38_143685_box7_Incident_Summaries_1-100
Agency: Department of War
Page 156
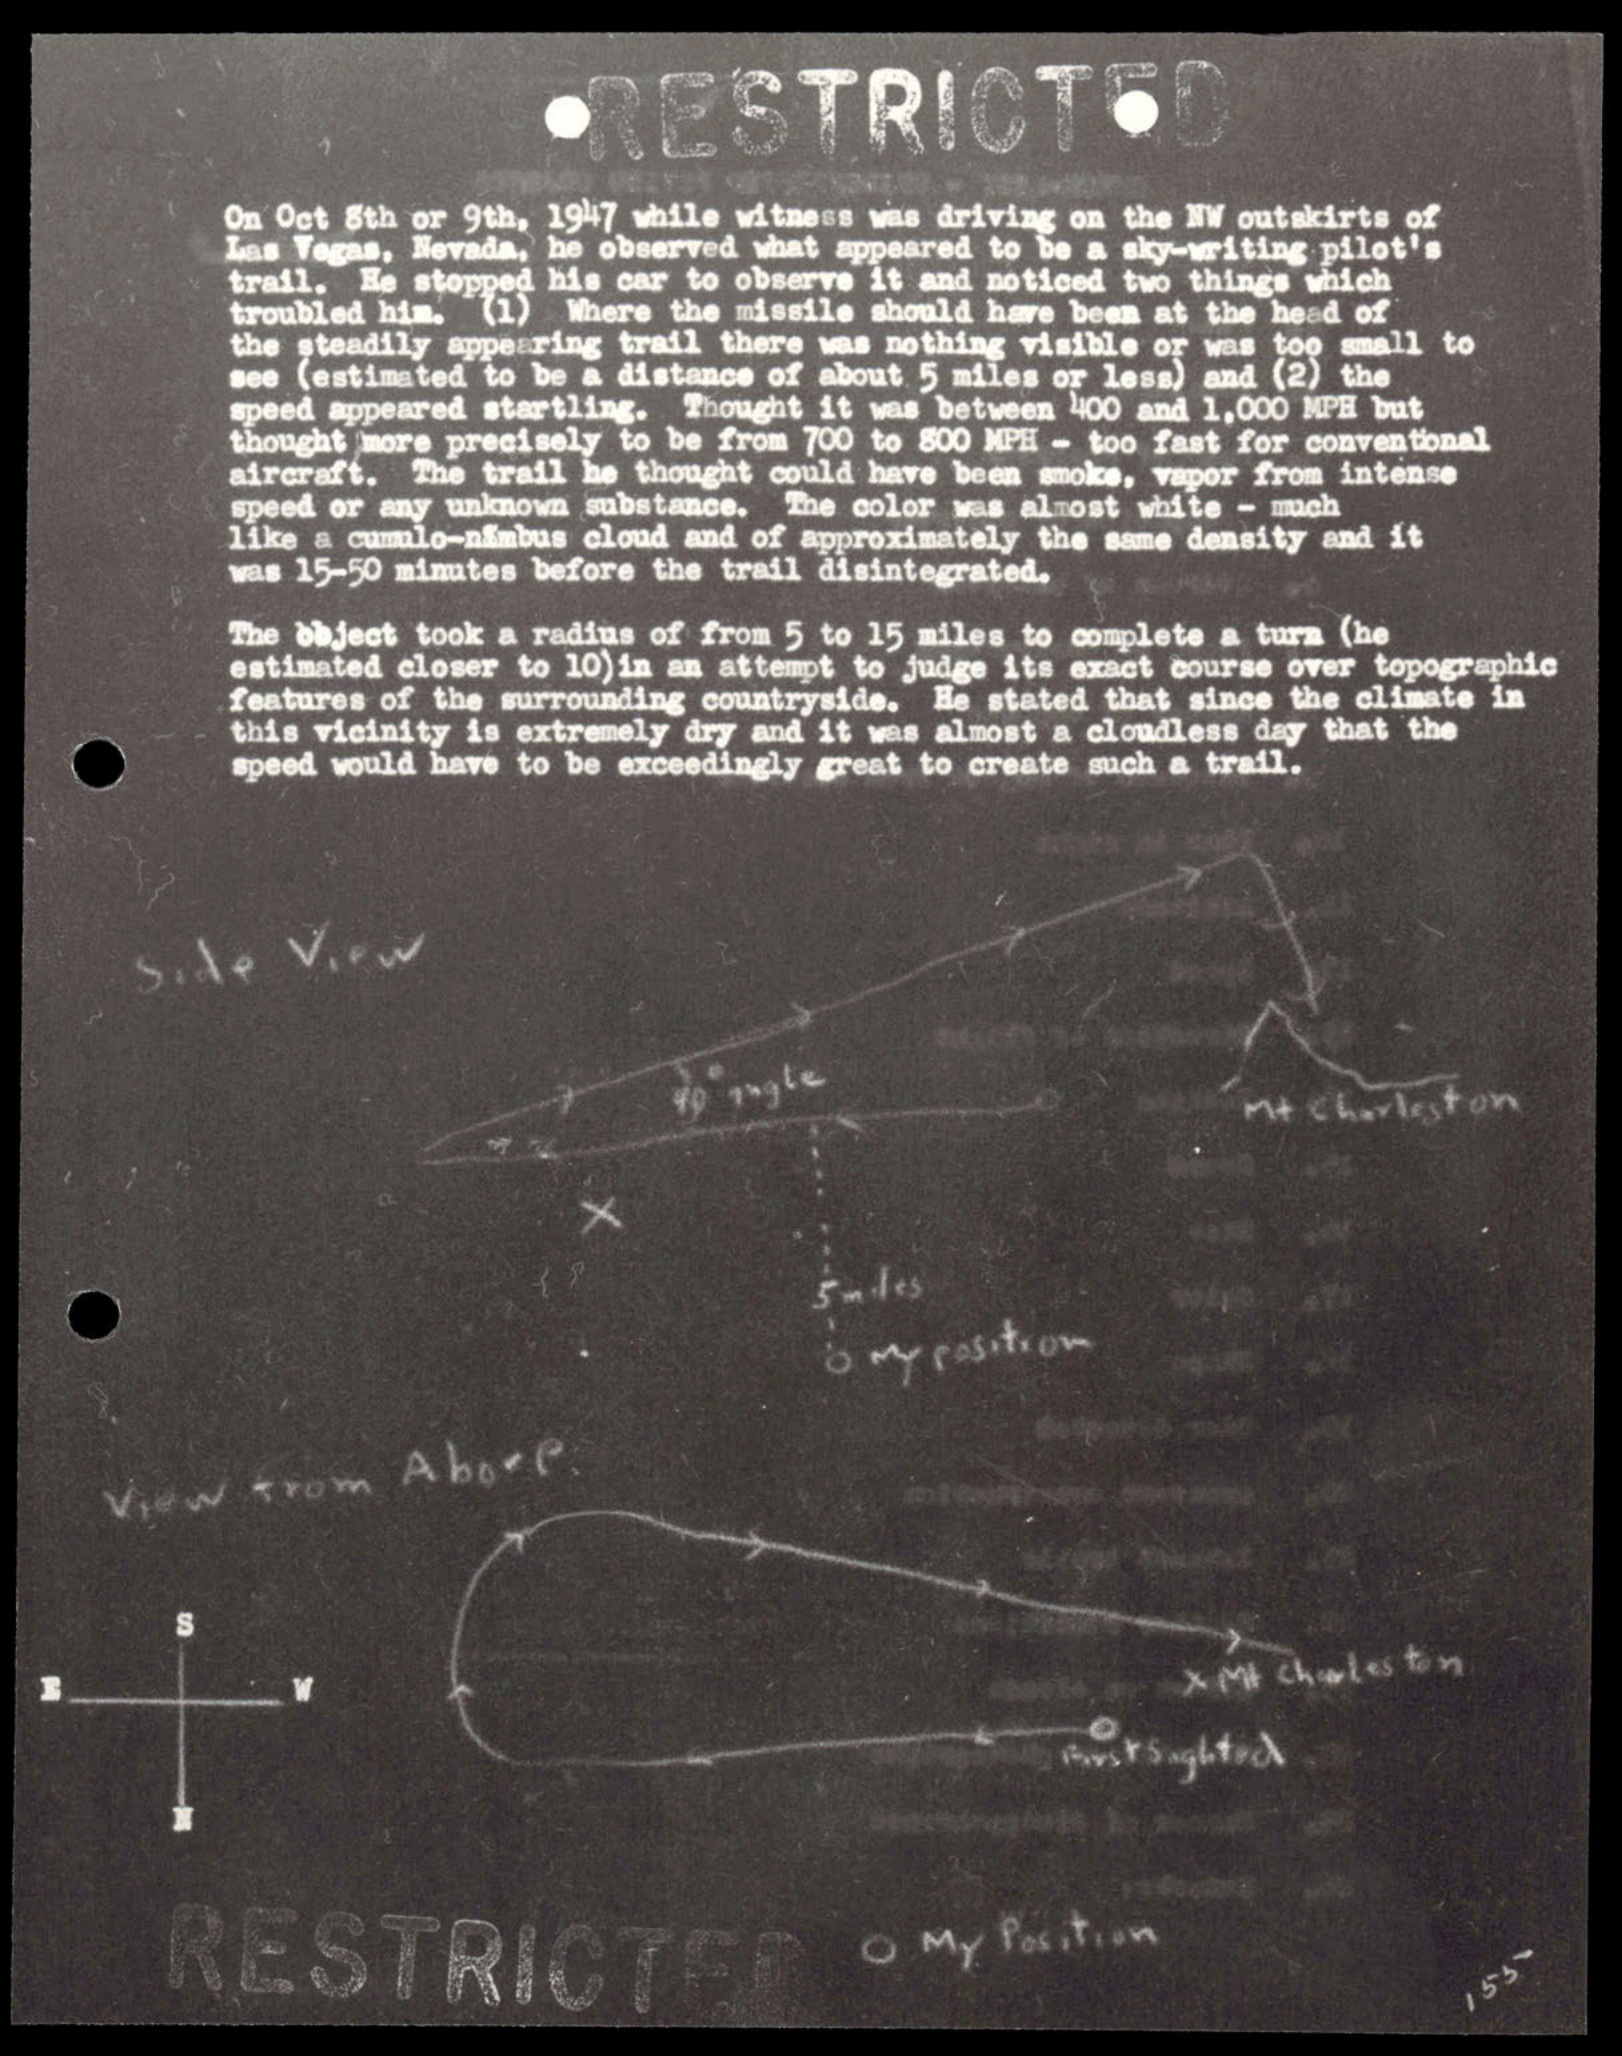